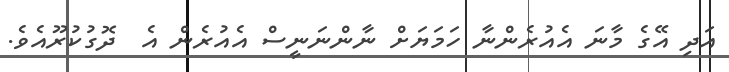
އަދި އޭގެ މާނަ އެއުރެންނާ ހަމަޔަށް ނާންނަނީސް އެއުރެން އެ  ދޮގުކުރޫއެވެ.